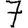
Digit: 7